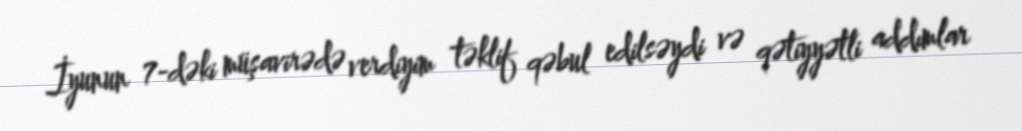
İyunun 7-dəki müşavirədə verdiyim təklif qəbul edilsəydi və qətiyyətli addımlar